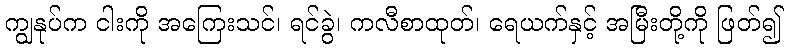
ကျွနုပ်က ငါးကို အကြေးသင်၊ ရင်ခွဲ၊ ကလီစာထုတ်၊ ရေယက်နှင့် အမြီးတို့ကို ဖြတ်၍